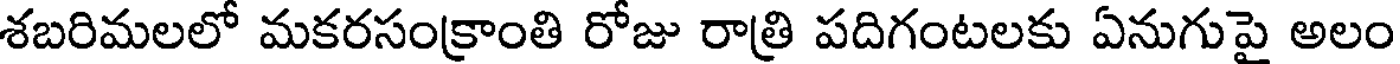
శబరిమలలో మకరసంక్రాంతి రోజు రాత్రి పదిగంటలకు ఏనుగుపై అలం